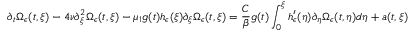
\partial _ { t } \Omega _ { \epsilon } ( t , \xi ) - 4 \nu \partial _ { \xi } ^ { 2 } \Omega _ { \epsilon } ( t , \xi ) - \mu _ { 1 } g ( t ) h _ { \epsilon } ( \xi ) \partial _ { \xi } \Omega _ { \epsilon } ( t , \xi ) = \frac { C } { \beta } g ( t ) \int _ { 0 } ^ { \xi } h _ { \epsilon } ^ { \prime } ( \eta ) \partial _ { \eta } \Omega _ { \epsilon } ( t , \eta ) d \eta + a ( t , \xi )